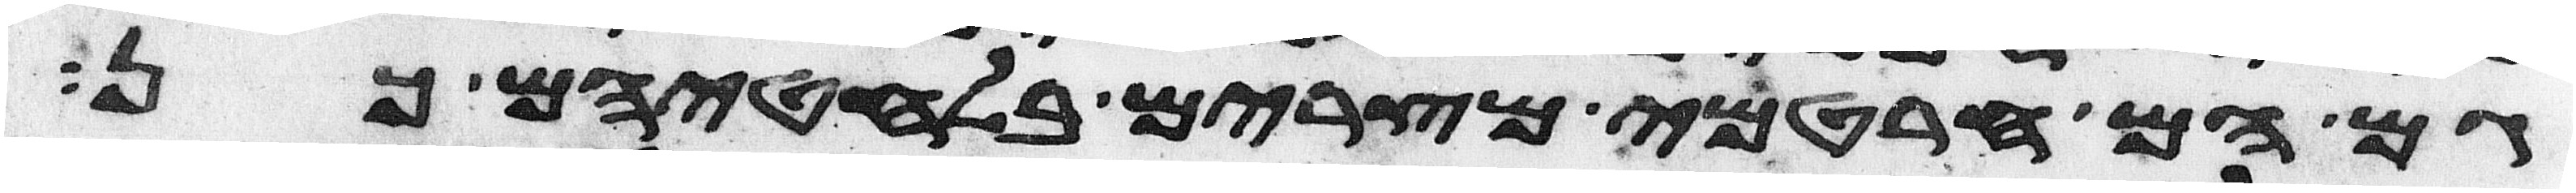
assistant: גם הם חרטמי מצרים בלחטיהם כן